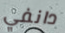
دانفي